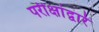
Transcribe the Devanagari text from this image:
परीक्षांद्वारे